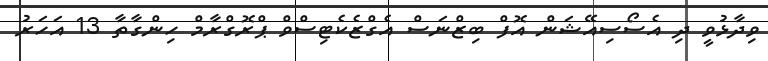
ވިދާޅުވީ ދި އެސޯސިއޭޝަން އޮފް ބިޒްނަސް އެގްޒެކެޓިސްވް ޕްރޮގްރާމް ހިންގާތާ 13 އަހަރު